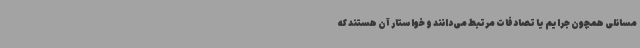
مسائلی همچون جرایم یا تصادفات مرتبط می‌دانند و خواستار آن هستند که